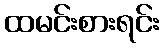
ထမင်းစားရင်း